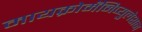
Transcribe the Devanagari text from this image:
मायक्रोमॅनिप्युलेशन